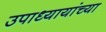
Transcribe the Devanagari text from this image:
उपाध्यायांच्या